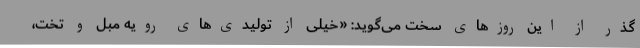
گذر از این روزهای سخت می‌گوید: «خیلی از تولیدی‌های رویه مبل و تخت،